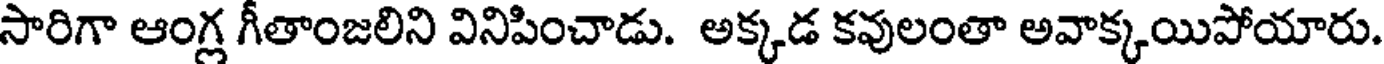
సారిగా ఆంగ్ల గీతాంజలిని వినిపించాడు. అక్కడ కవులంతా అవాక్కయిపోయారు.